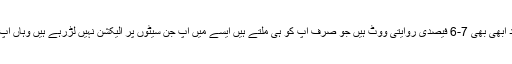
اور اترپردیش میں کانگریس کا تقریباً صفایا ہونے کے باوجود ابھی بھی 7-6 فیصدی روایتی ووٹ ہیں جو صرف آپ کو ہی ملتے ہیں ایسے میں آپ جن سیٹوں پر الیکشن نہیں لڑرہے ہیں وہاں آپ اپنا یہ روایتی ووٹ بی جے پی کو ٹرانسفر نہیں کررہے ہیں؟